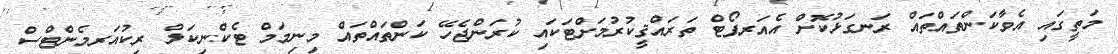
މަތީގައި އެވާކަންތައްތައް ރަނގަޅުކޮށް އެއަރޕޯޓް ތަރައްޤީކުރުމަށްޓަކައި ކުރަންޖެހޭ ކަންތައްތައް މިނިމަމް ޓެކްނިކަލް ރިކުއަރމެންޓްސް